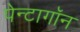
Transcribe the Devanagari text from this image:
पेन्टागॉन